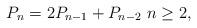
LaTeX: \begin{align*}P_n = 2P_{n-1} + P_{n-2}\ n\geq 2,\end{align*}